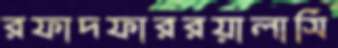
রফাদফাররয়ালাসি